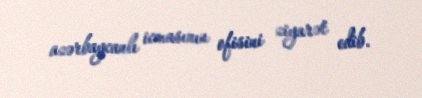
azərbaycanlı icmasının ofisini ziyarət edib.